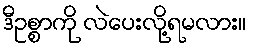
ဒီဥစ္စာကို လဲပေးလို့ရမလား။